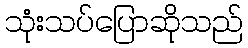
သုံးသပ်ပြောဆိုသည်